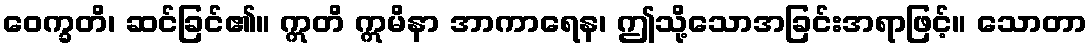
ဝေက္ခတိ၊ ဆင်ခြင်၏။ ဣတိ ဣမိနာ အာကာရေန၊ ဤသို့သောအခြင်းအရာဖြင့်။ သောတာ